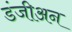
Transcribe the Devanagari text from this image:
डंजीअन